Vaccination United Provinces of Agra and Oudh 1902-1913 - 1902-1913
Year: 1902
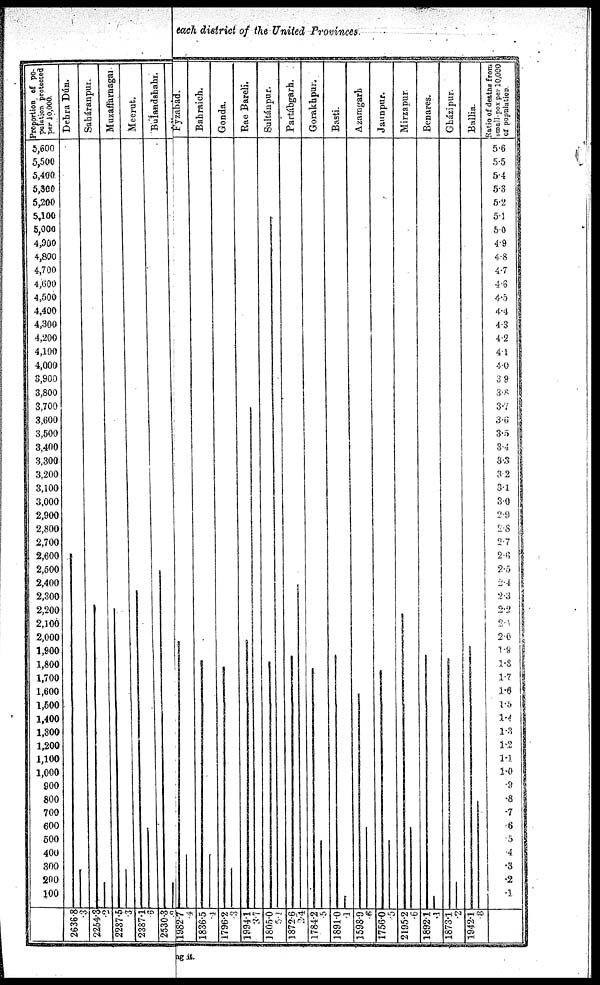
each district of the United Provinces.